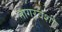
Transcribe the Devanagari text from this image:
नागरवंशी